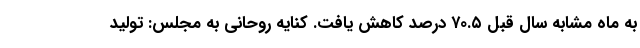
به ماه مشابه سال قبل ۷۰.۵ درصد کاهش یافت. کنايه روحانی به مجلس: تولید